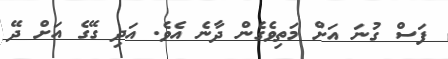
ފަސް ގުނަ އަށް މަތިވެގެން ދާނެ އެވެ. އަދި ގޭގެ އަށް ދޭ